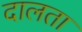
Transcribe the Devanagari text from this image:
दालता